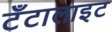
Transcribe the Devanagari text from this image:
टँटालाइट